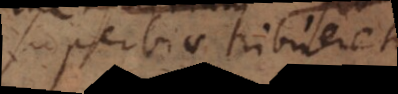
superbiae tribueret